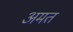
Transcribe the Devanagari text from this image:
अमत